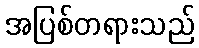
အပြစ်တရားသည်